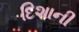
દિશાની